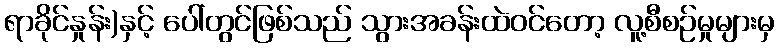
ရာခိုင်နှုန်း)နှင့် ပေါ်တွင်ဖြစ်သည် သွားအခန်းထဲဝင်တော့ လူ့စီစဉ်မှုများမှ